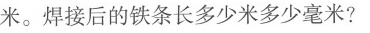
米。焊接后的铁条长多少米多少毫米?100mm